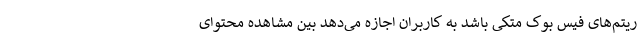
ریتم‌های فیس بوک متکی باشد به کاربران اجازه می‌دهد بین مشاهده محتوای